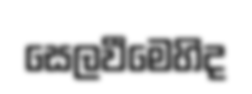
සෙලවීමෙහිද